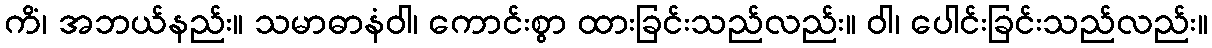
ကိံ၊ အဘယ်နည်း။ သမာဓာနံဝါ၊ ကောင်းစွာ ထားခြင်းသည်လည်း။ ဝါ၊ ပေါင်းခြင်းသည်လည်း။